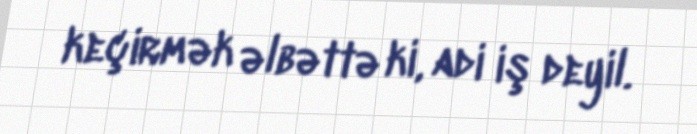
keçirmək əlbəttə ki, adi iş deyil.